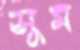
সুম